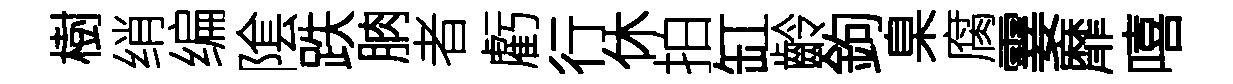
樹绡编隂跌朒者虧行休拍缸齡鉤臬腐霎靡嘻